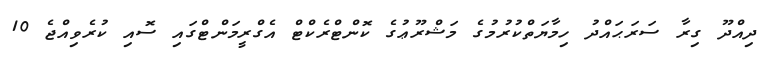
ދިއްދޫ ގިރާ ސަރަޙައްދު ހިމާޔަތްކުރުމުގެ މަޝްރޫޢުގެ ކޮންޓްރެކްޓް އެގްރީމަންޓްގައި ސޮއި ކުރެވިއްޖެ 10